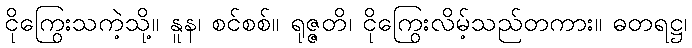
ငိုကြွေးသကဲ့သို့။ နူန၊ စင်စစ်။ ရုဇ္ဇတိ၊ ငိုကြွေးလိမ့်သည်တကား။ ဓတရဋ္ဌ၊